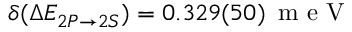
\delta ( \Delta E _ { 2 P \rightarrow 2 S } ) = 0 . 3 2 9 ( 5 0 ) \, { \textrm { m e V } }